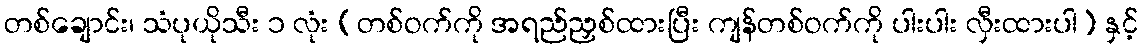
တစ်ချောင်း၊ သံပုယိုသီး ၁ လုံး (တစ်ဝက်ကို အရည်ညှစ်ထားပြီး ကျန်တစ်ဝက်ကို ပါးပါး လှီးထားပါ) နှင့်